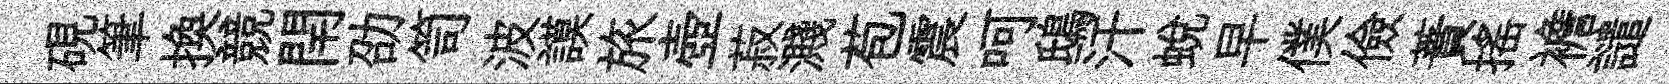
硯筆換競閈劭笥波謨旅壺菽濺苞震呵鴟汗蜕早僕儉蕡揺襜譴